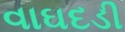
વાઘદડી